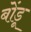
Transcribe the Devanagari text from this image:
बोंडू